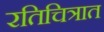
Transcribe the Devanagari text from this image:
रतिचित्रात